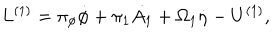
L ^ { ( 1 ) } = \pi _ { \phi } \dot { \phi } + \pi _ { 1 } \dot { A _ { 1 } } + \Omega _ { 1 } \dot { \eta } - U ^ { ( 1 ) } ,